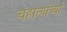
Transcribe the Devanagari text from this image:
चहात्यांच्या